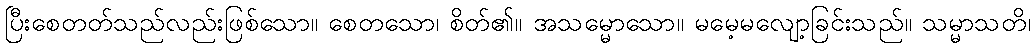
ပြီးစေတတ်သည်လည်းဖြစ်သော။ စေတသော၊ စိတ်၏။ အသမ္မောသော။ မမေ့မလျော့ခြင်းသည်။ သမ္မာသတိ၊